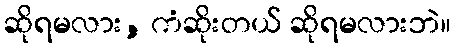
ဆိုရမလား, ကံဆိုးတယ် ဆိုရမလားဘဲ။